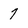
Character: 7